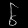
Digit: ၆